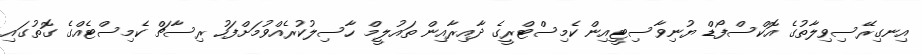
އިނގިރޭސިވިލާތުގެ އޮކްސްފޯޑް ޔުނިވާސިޓީއިން ކެމިސްޓްރީގެ ދާއިރާއިން ތައުލީމް ހާސިލުކުރެއްވުމަށްފަހު ރިސާޗް ކެމިސްޓެއްގެ ގޮތުގައި